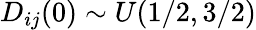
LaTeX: D_{ij}(0)\sim U(1/2,3/2)